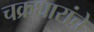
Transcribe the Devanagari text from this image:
चक्रधारांचे